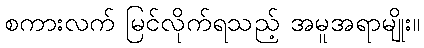
စကားလက် မြင်လိုက်ရသည့် အမူအရာမျိုး။